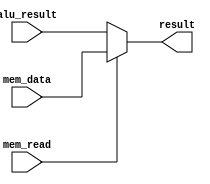
module WBstage (input mem_read, input[31: 0] alu_result, mem_data,
                output[31: 0] result);

assign result = mem_read ? mem_data : alu_result;

endmodule // WBstage